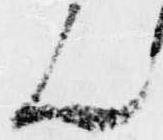
ん